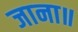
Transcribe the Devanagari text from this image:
जाना॥